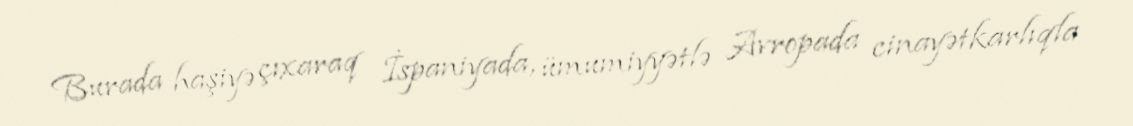
Burada haşiyə çıxaraq İspaniyada, ümumiyyətlə Avropada cinayətkarlıqla